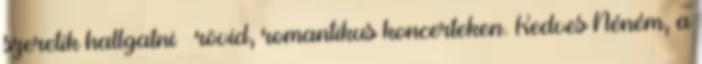
szeretik hallgatni – rövid, romantikus koncerteken. Kedves Néném, a